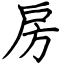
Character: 房